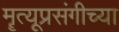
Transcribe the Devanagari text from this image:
मॄत्यूप्रसंगीच्या